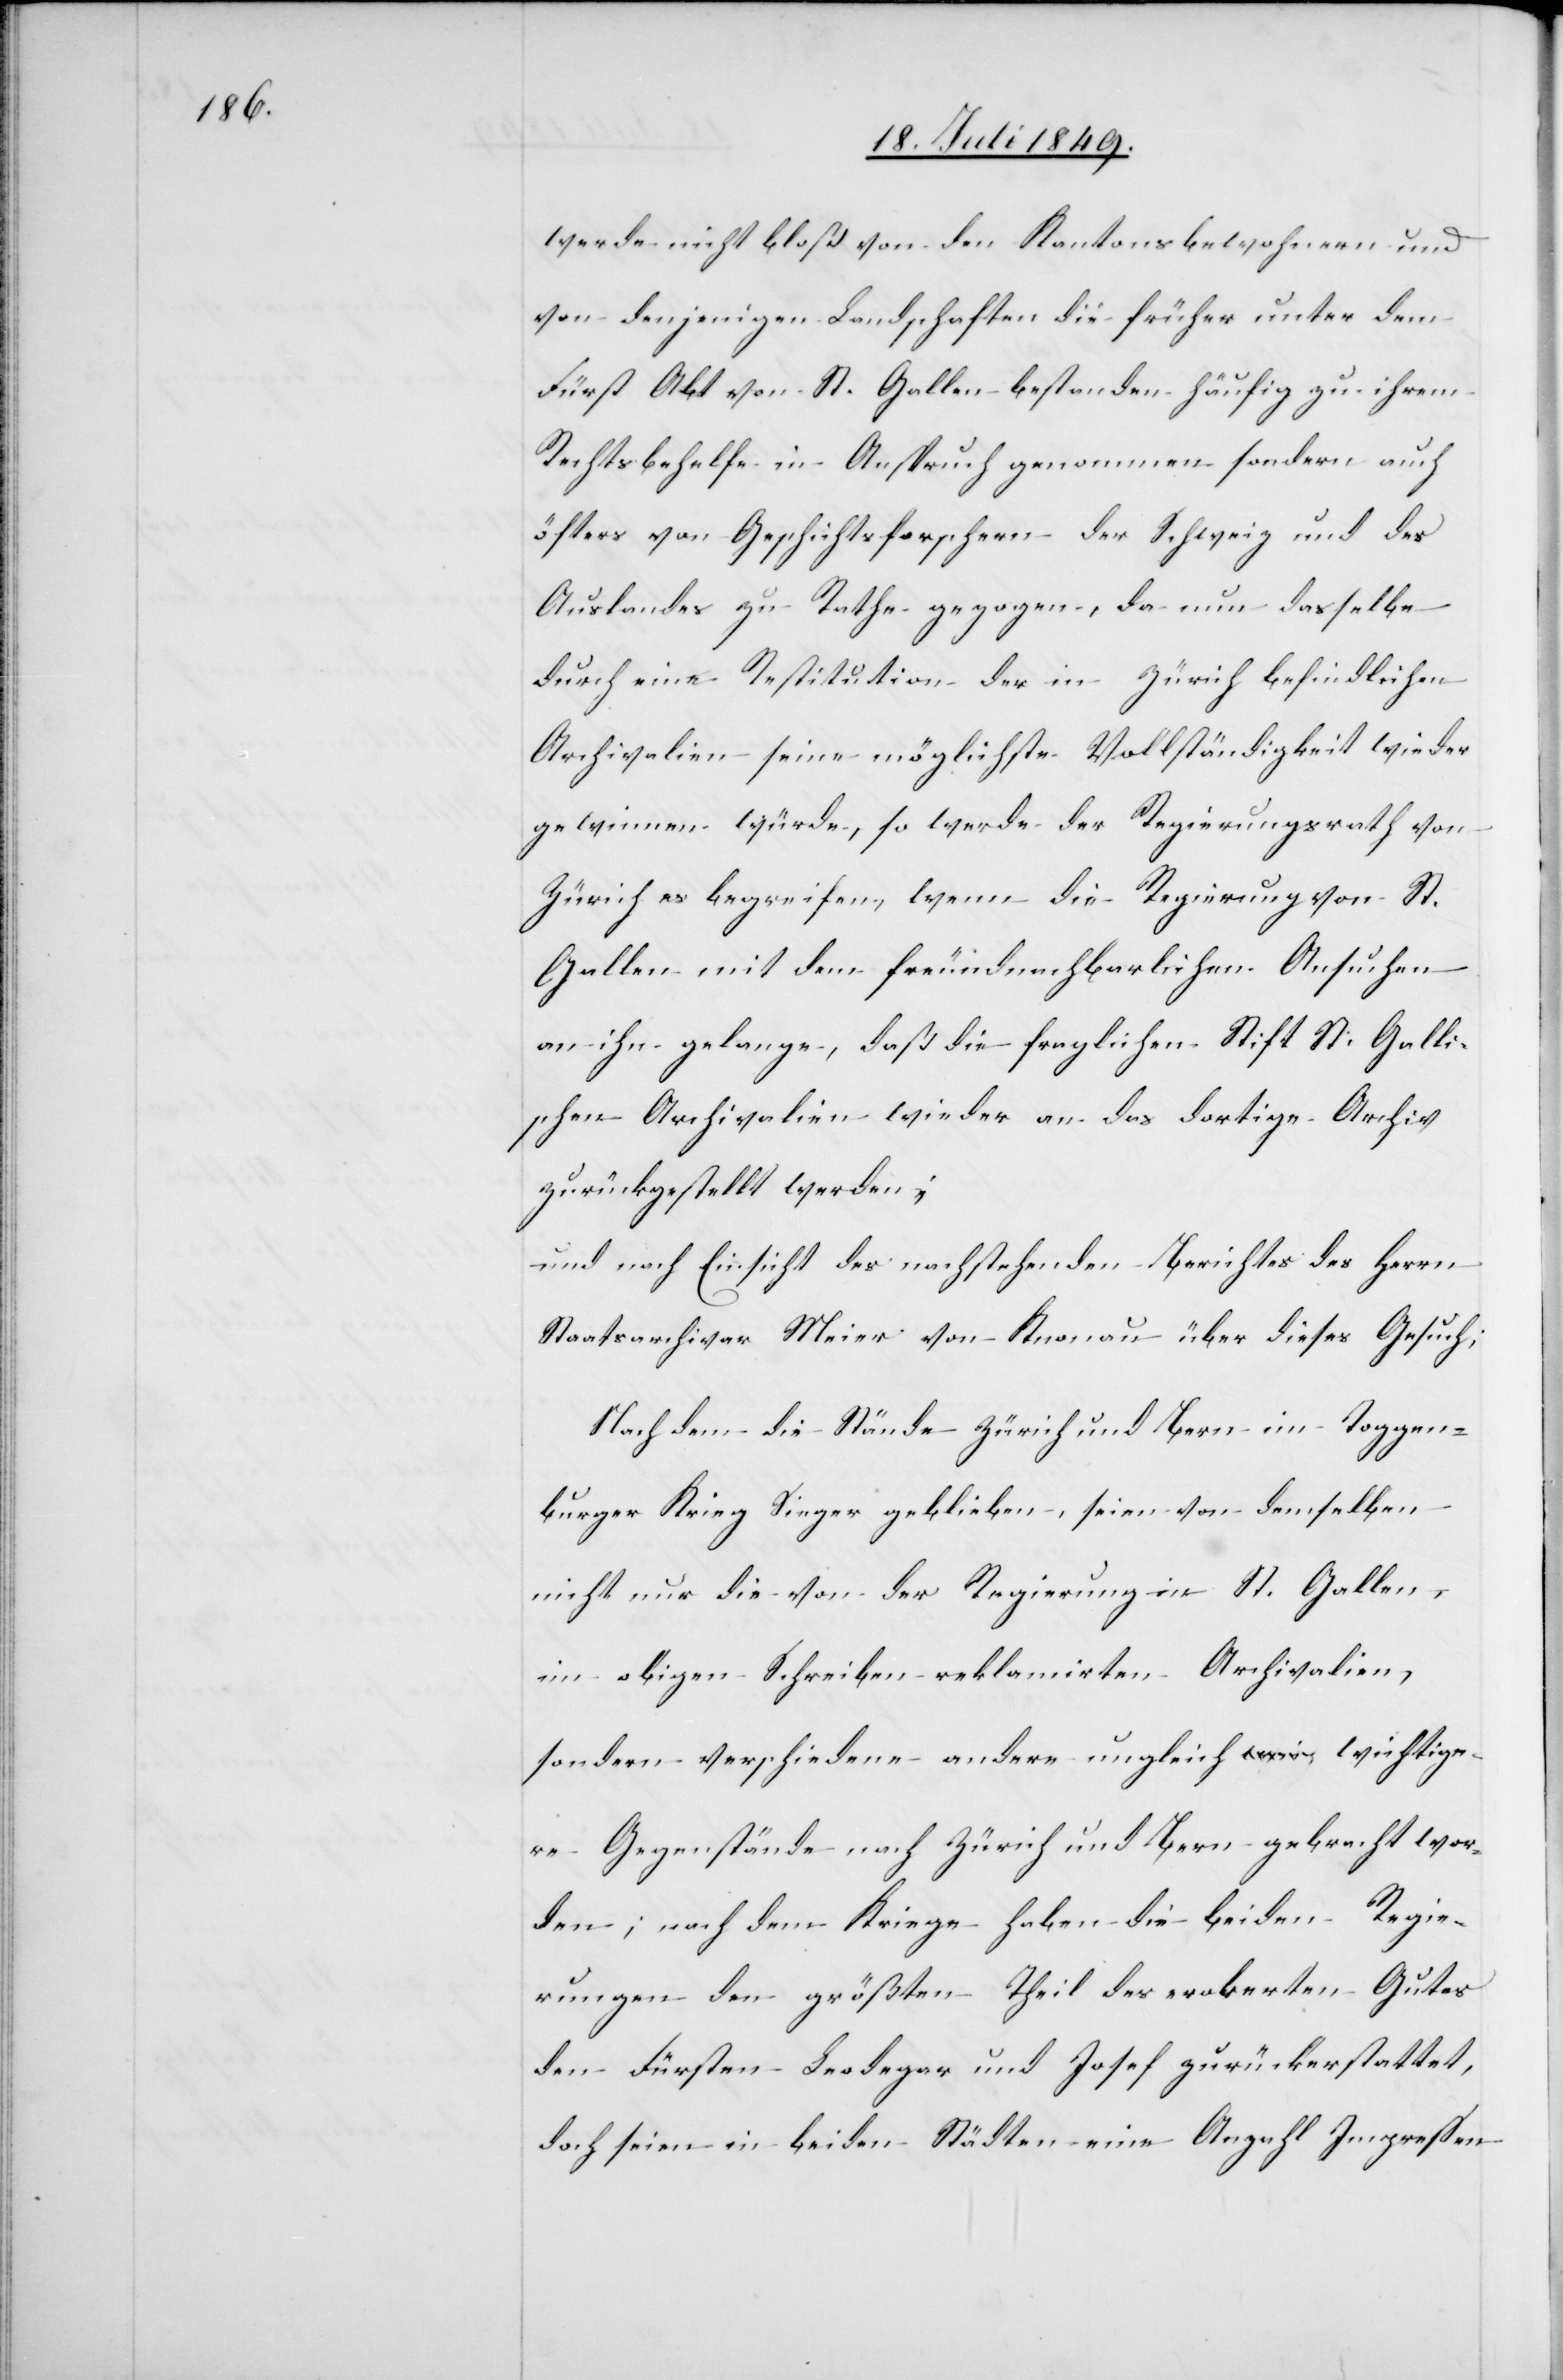
werde nicht bloß von den Kantonsbewohnern und
von denjenigen Landschaften[,] die früher unter dem
Fürst Abt von St. Gallen bestanden[,] häufig zu ihrem
Rechtsbehelfe in Anspruch genommen[,] sondern auch
öfters von Geschichtsforschern der Schweiz und des
Auslandes zu Rathe gezogen, da nun dasselbe
durch eine Restitution der in Zürich befindlichen
Archivalien seine möglichste Vollständigkeit wieder
gewinnen würde, so werde der Regierungsrath von
Zürich es begreifen, wenn die Regierung von St.
Gallen mit dem freundnachbarlichen Ansuchen
an ihn gelange, daß die fraglichen Stift St. Galli¬
schen Archivalien wieder an das dortige Archiv
zurückgestellt werden;
und nach Einsicht des nachstehenden Berichtes des Herrn
Staatsarchivar Meier von Knonau über dieses Gesuch;
Nach dem die Stände Zürich und Bern im Toggen¬
burger Krieg Sieger geblieben, seien von demselben
nicht nur die von der Regierung in St. Gallen,
im obigen Schreiben reklamirten Archivalien,
sondern verschiedene andere ungleich wichtige¬
re Gegenstände nach Zürich und Bern gebracht wor¬
den; nach dem Kriege haben die beiden Regie¬
rungen den größten Theil des eroberten Gutes
den Fürsten Leodegar und Josef zurückerstattet,
doch seien in beiden Städten eine Anzahl Impressen